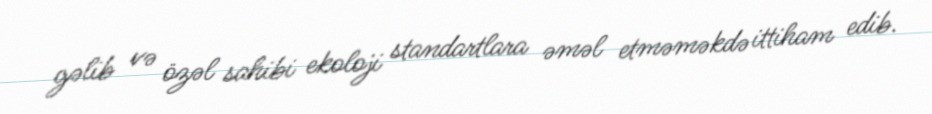
gəlib və özəl sahibi ekoloji standartlara əməl etməməkdə ittiham edib.